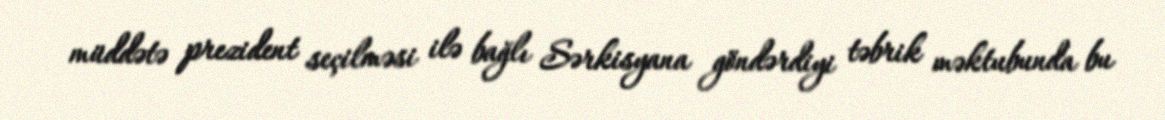
müddətə prezident seçilməsi ilə bağlı Sərkisyana göndərdiyi təbrik məktubunda bu